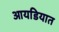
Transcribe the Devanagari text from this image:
आयडियात